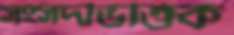
সংসদভিত্তিক